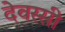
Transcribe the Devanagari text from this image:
देवस्सी